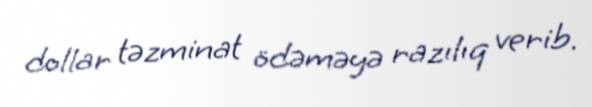
dollar təzminat ödəməyə razılıq verib.